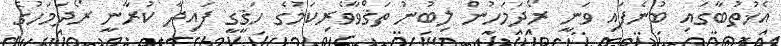
އެޚުތުބާގައި ބުނެފައި ވަނީ ރޯދަމަހުން ލިބުނު ތަޤްވާވެރިކަމުގެ ހަޤީގީ ފައިދާ ކުރާނީ ރޯދަމަހުގެ